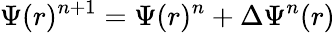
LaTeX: \Psi(r)^{n+1}=\Psi(r)^{n}+\Delta\Psi^{n}(r)